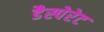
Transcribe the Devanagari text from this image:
डैस्पेरेट